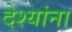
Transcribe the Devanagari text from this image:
देश्यांना